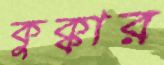
কুক্কার